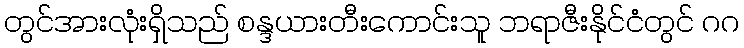
တွင်အားလုံးရှိသည် စန္ဒယားတီးကောင်းသူ ဘရာဇီးနိုင်ငံတွင် ဂဂ